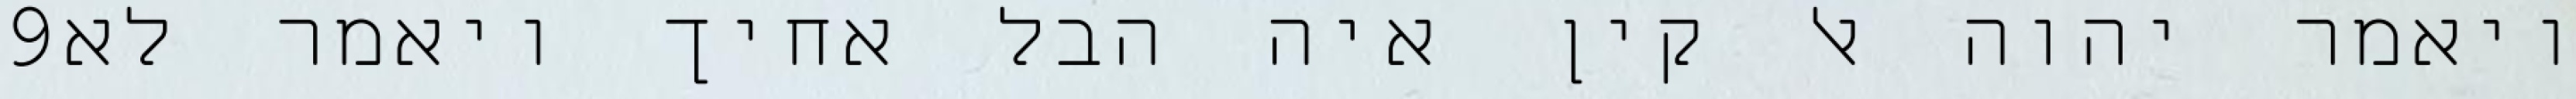
‎9‏ ויאמר יהוה אל קין איה הבל אחיך ויאמר לא